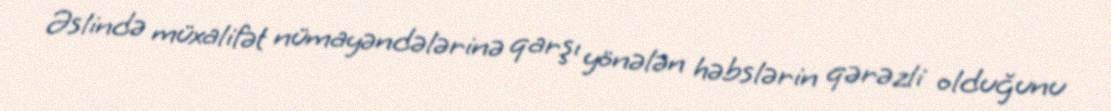
Əslində müxalifət nümayəndələrinə qarşı yönələn həbslərin qərəzli olduğunu